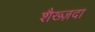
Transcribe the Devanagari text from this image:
शैख्ज़दा